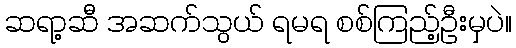
ဆရာ့ဆီ အဆက်သွယ် ရမရ စစ်ကြည့်ဦးမှပဲ။